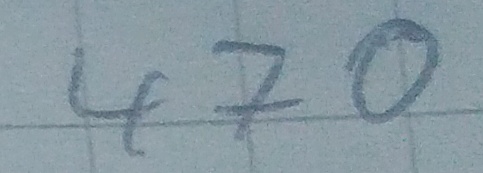
Text: 470